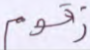
زقوم